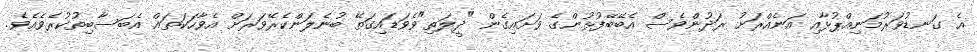
އެ ގަނޑުވަރުމަނިއްޕުޅާއި އަނެއްރަށު ރަދުންވެސް އެބޭބޭފުޅުންގެ ވަށައިގެން "ދީލަތި"ވެވަޑައިގަތޭ ބުނެލަންކެރޭވަރަށް އެވާހަކަތައް އެބަސާބިތުކުރެވެއެވެ.